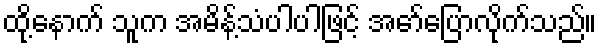
ထို့နောက် သူက အမိန့်သံပါပါဖြင့် အော်ပြောလိုက်သည်။